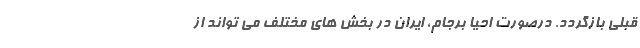
قبلی بازگردد. درصورت احیا برجام، ایران در بخش های مختلف می تواند از